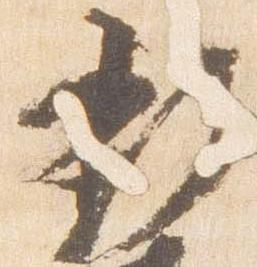
新